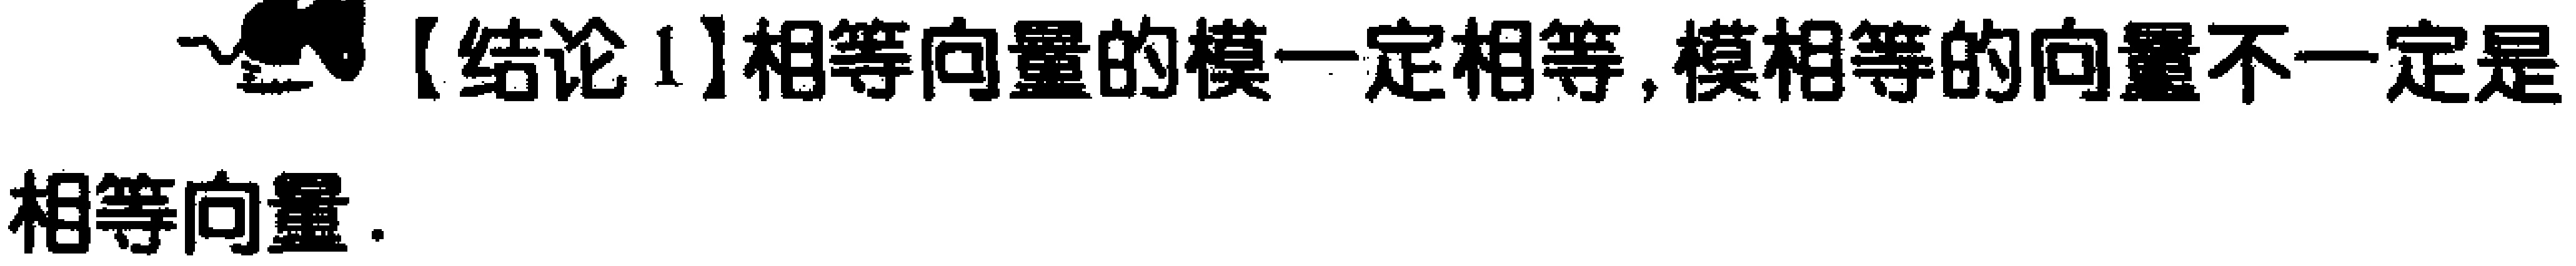
【结论1】相等向量的模一定相等,模相等的向量不一定是相等向量.